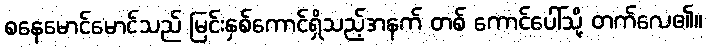
စနေမောင်မောင်သည် မြင်းနှစ်ကောင်ရှိသည့်အနက် တစ် ကောင်ပေါ်သို့ တက်လေ၏။